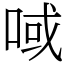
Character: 㖪